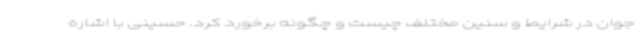
جوان در شرایط و سنین مختلف چیست و چگونه برخورد کرد. حسینی با اشاره